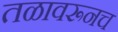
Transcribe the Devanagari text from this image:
तळावरूनच